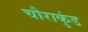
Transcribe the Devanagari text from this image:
चौराकुंड